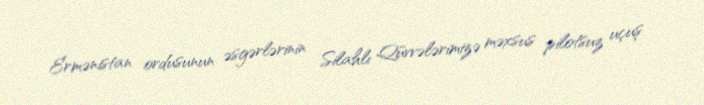
Ermənistan ordusunun əsgərlərinin Silahlı Qüvvələrimizə məxsus pilotsuz uçuş